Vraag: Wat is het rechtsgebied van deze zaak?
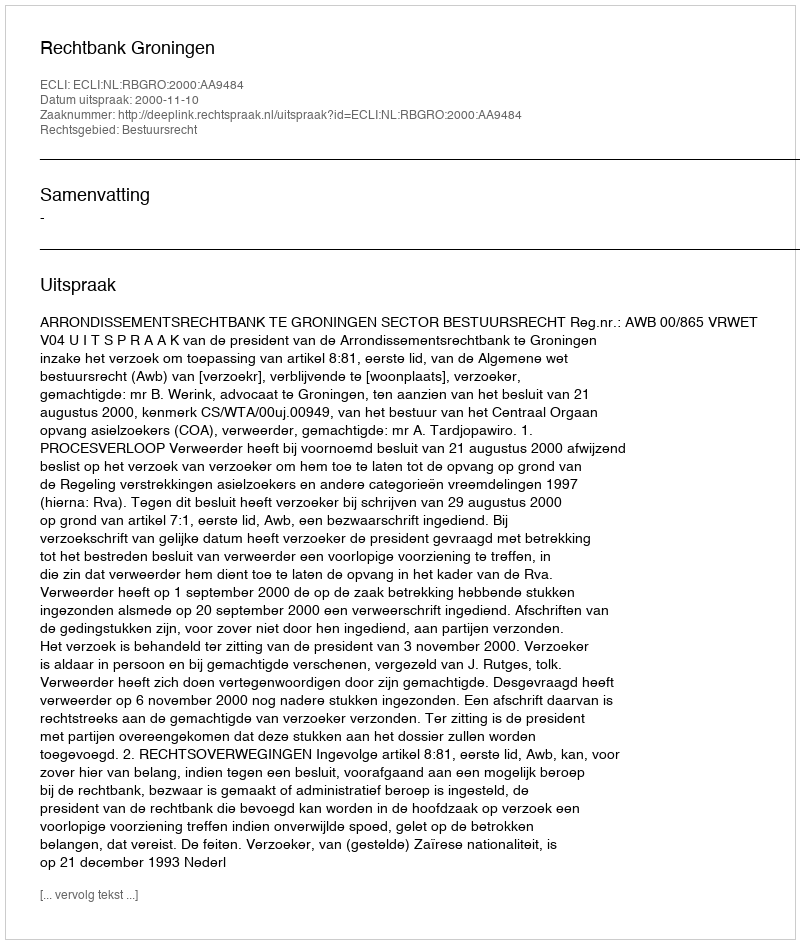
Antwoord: Bestuursrecht